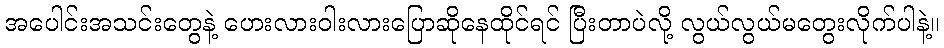
အပေါင်းအသင်းတွေနဲ့ ဟေးလားဝါးလားပြောဆိုနေထိုင်ရင် ပြီးတာပဲလို့ လွယ်လွယ်မတွေးလိုက်ပါနဲ့။